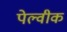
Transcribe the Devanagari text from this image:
पेल्वीक